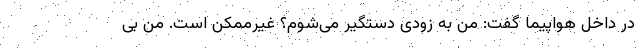
در داخل هواپیما گفت: من به زودی دستگیر می‌شوم؟ غیرممکن است. من بی